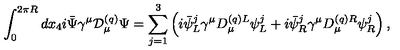
\int _ { 0 } ^ { 2 \pi R } d x _ { 4 } i \bar { \Psi } \gamma ^ { \mu } { \cal D } _ { \mu } ^ { ( q ) } \Psi = \sum _ { j = 1 } ^ { 3 } \left( i \bar { \psi } _ { L } ^ { j } \gamma ^ { \mu } D _ { \mu } ^ { ( q ) L } \psi _ { L } ^ { j } + i \bar { \psi } _ { R } ^ { j } \gamma ^ { \mu } D _ { \mu } ^ { ( q ) R } \psi _ { R } ^ { j } \right) ,